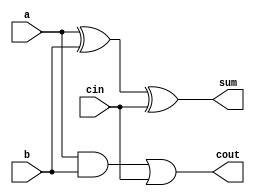
module incorr_full_adder(a,b,cin,sum,cout);
input a,b,cin;
output sum,cout;
assign sum = a^b^cin;
assign cout = a&b|cin&(1'b1|b); 
// initial begin
//     $display("The incorrect adder with or0 having in1/1");
// end   
endmodule